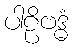
ပါဠိဗဒ္ဓံ